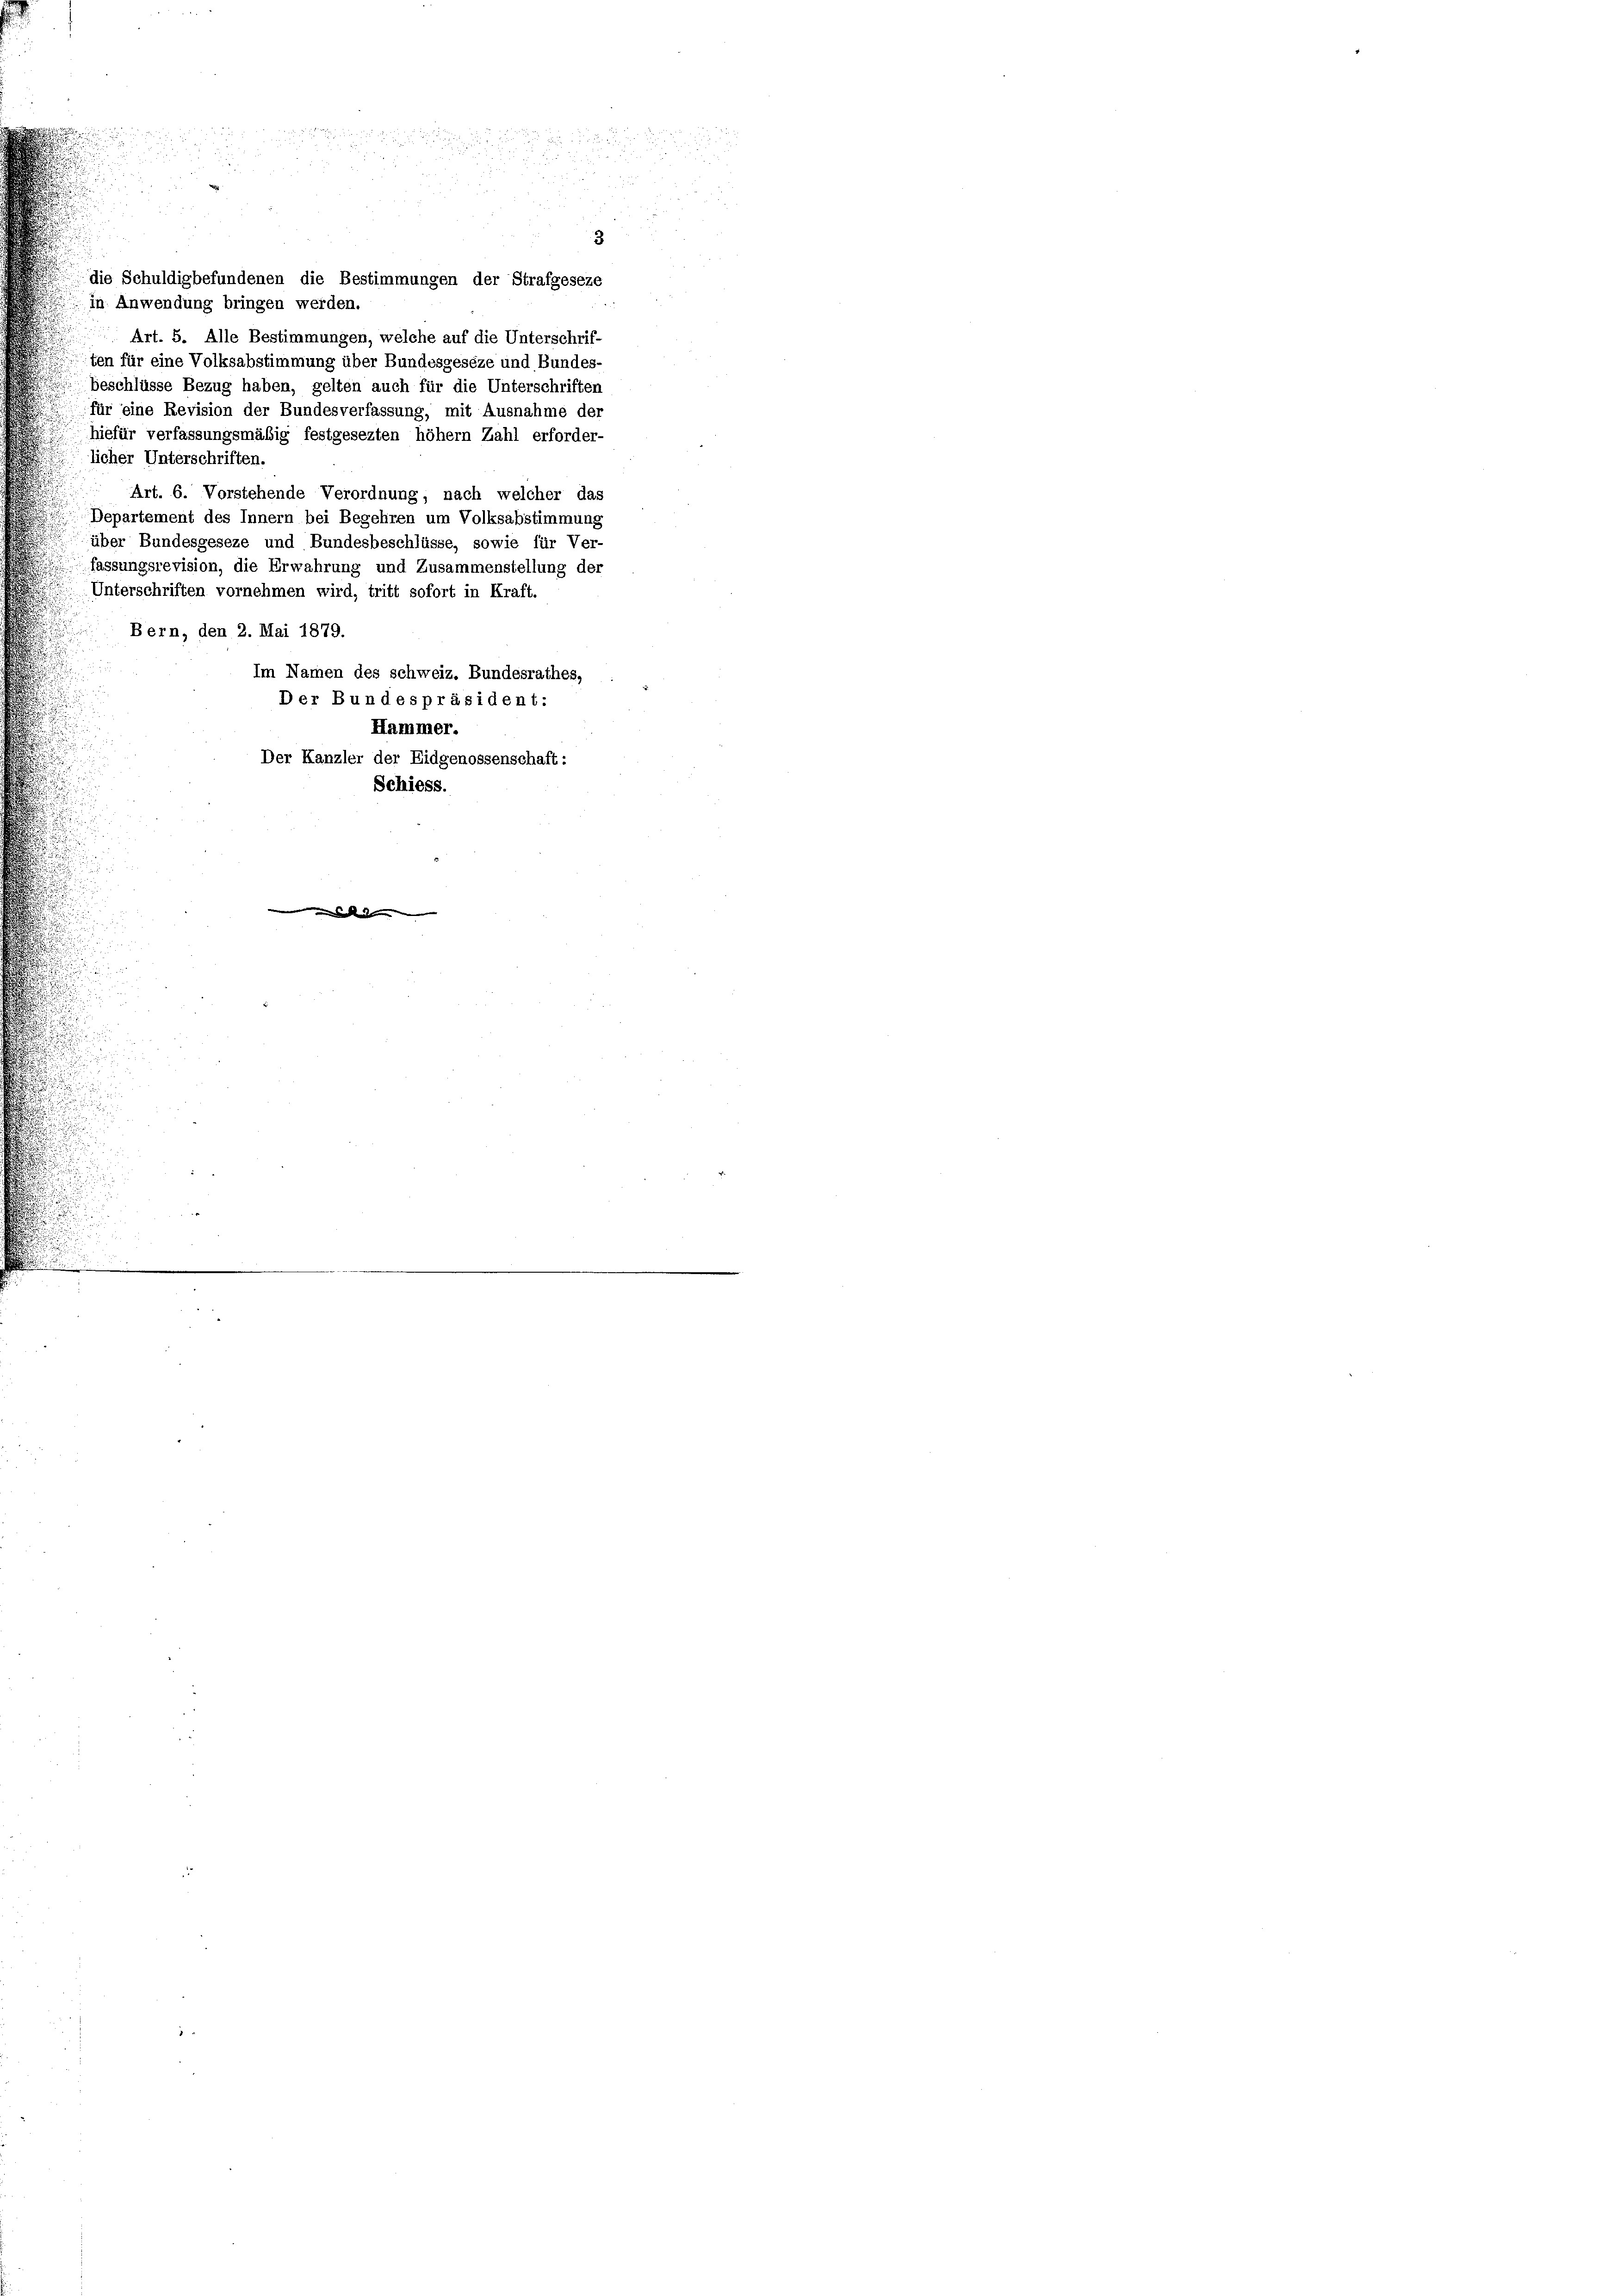
3
die Schuldigbefundenen die Bestimmungen der Strafgeseze
in Anwendung bringen werden.
Art. 5. Alle Bestimmungen, welche auf die Unterschrif-
ten für eine Volksabstimmung über Bundesgeseze und Bundes-
beschlüsse Bezug haben, gelten auch für die Unterschriften
für eine Revision der Bundesverfassung, mit Ausnahme der
hiefür verfassungsmäßig festgesezten höhem Zahl erforder-
licher Unterschriften.
Art. 6. Vorstehende Verordnung, nach welcher das
Departement des Innern bei Begehren um Volksabstimmung
über Bundesgeseze und Bundesbeschlüsse, sowie für Ver-
fassungsrevision, die Erwahrung und Zusammenstellung der
Unterschriften vornehmen wird, tritt sofort in Kraft.
Bern, den 2. Mai 1879.
Im Namen des schweiz. Bundesrathes,
Der Bundespräsident:
Hammer.
Der Kanzler der Eidgenossenschaft:
Schiess.

i